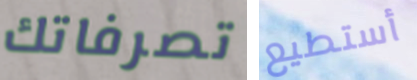
تصرفاتك أستطيع